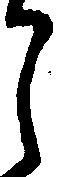
し